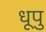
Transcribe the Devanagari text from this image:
धूपु